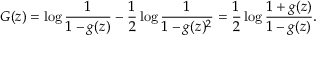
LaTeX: G ( z ) = \log { \frac { 1 } { 1 - g ( z ) } } - { \frac { 1 } { 2 } } \log { \frac { 1 } { 1 - g ( z ) ^ { 2 } } } = { \frac { 1 } { 2 } } \log { \frac { 1 + g ( z ) } { 1 - g ( z ) } } .